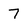
Character: 7